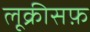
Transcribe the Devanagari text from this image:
लूक्रीसफ़